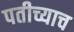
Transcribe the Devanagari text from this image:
पतीच्याच